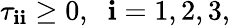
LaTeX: \tau_{\mathbf{i}\mathbf{i}}\geq0,\; \; \mathbf{i}=1,2,3,